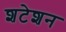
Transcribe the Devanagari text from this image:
शटेशन